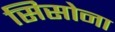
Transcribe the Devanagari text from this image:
सिसोना